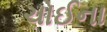
ચોઈના